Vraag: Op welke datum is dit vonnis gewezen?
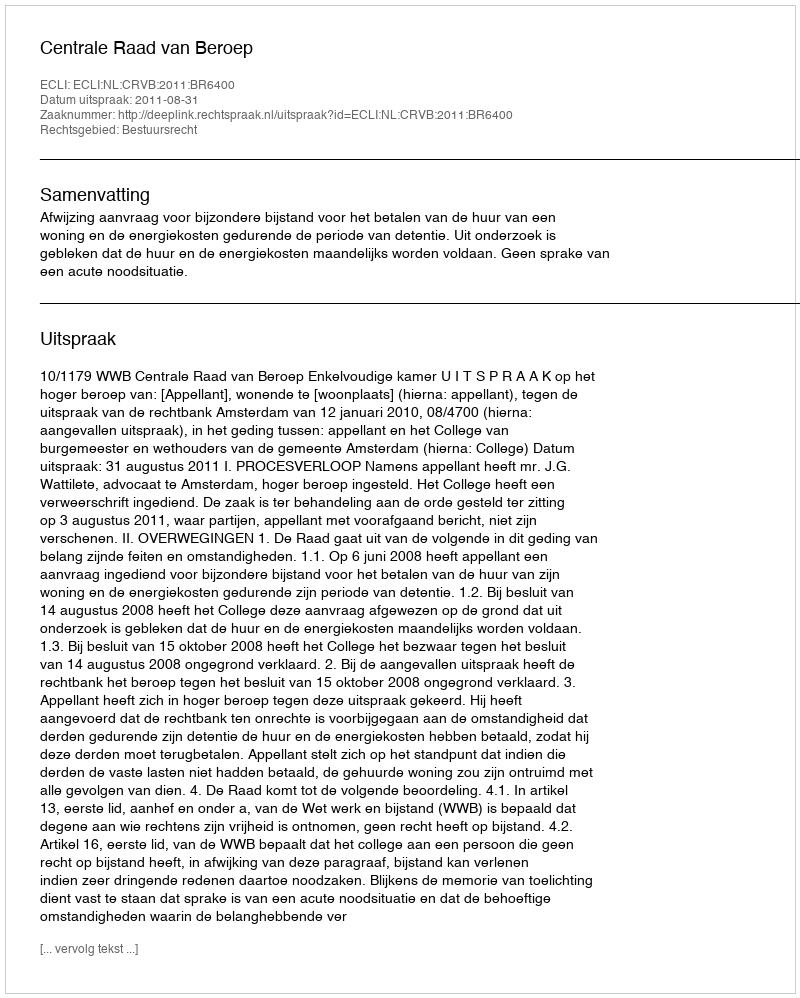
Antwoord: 2011-08-31